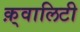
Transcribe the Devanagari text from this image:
क़्वालिटी